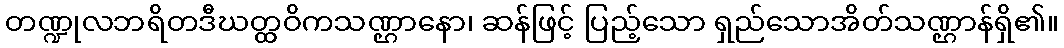
တဏ္ဍုလဘရိတဒီဃတ္ထဝိကသဏ္ဌာနော၊ ဆန်ဖြင့် ပြည့်သော ရှည်သောအိတ်သဏ္ဌာန်ရှိ၏။